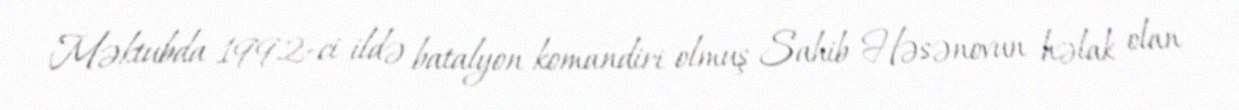
Məktubda 1992-ci ildə batalyon komandiri olmuş Sahib Həsənovun həlak olan